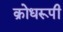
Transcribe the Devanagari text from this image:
क्रोधरूपी